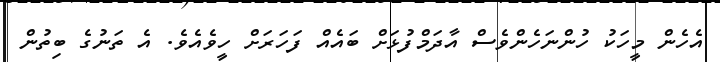
އެހެން މީހަކު ހުންނަހެންވެސް އާދަމްފުޅަށް ބައެއް ފަހަރަށް ހީވެއެވެ. އެ ތަނުގެ ބިތުން